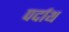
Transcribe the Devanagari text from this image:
पर्दाथ